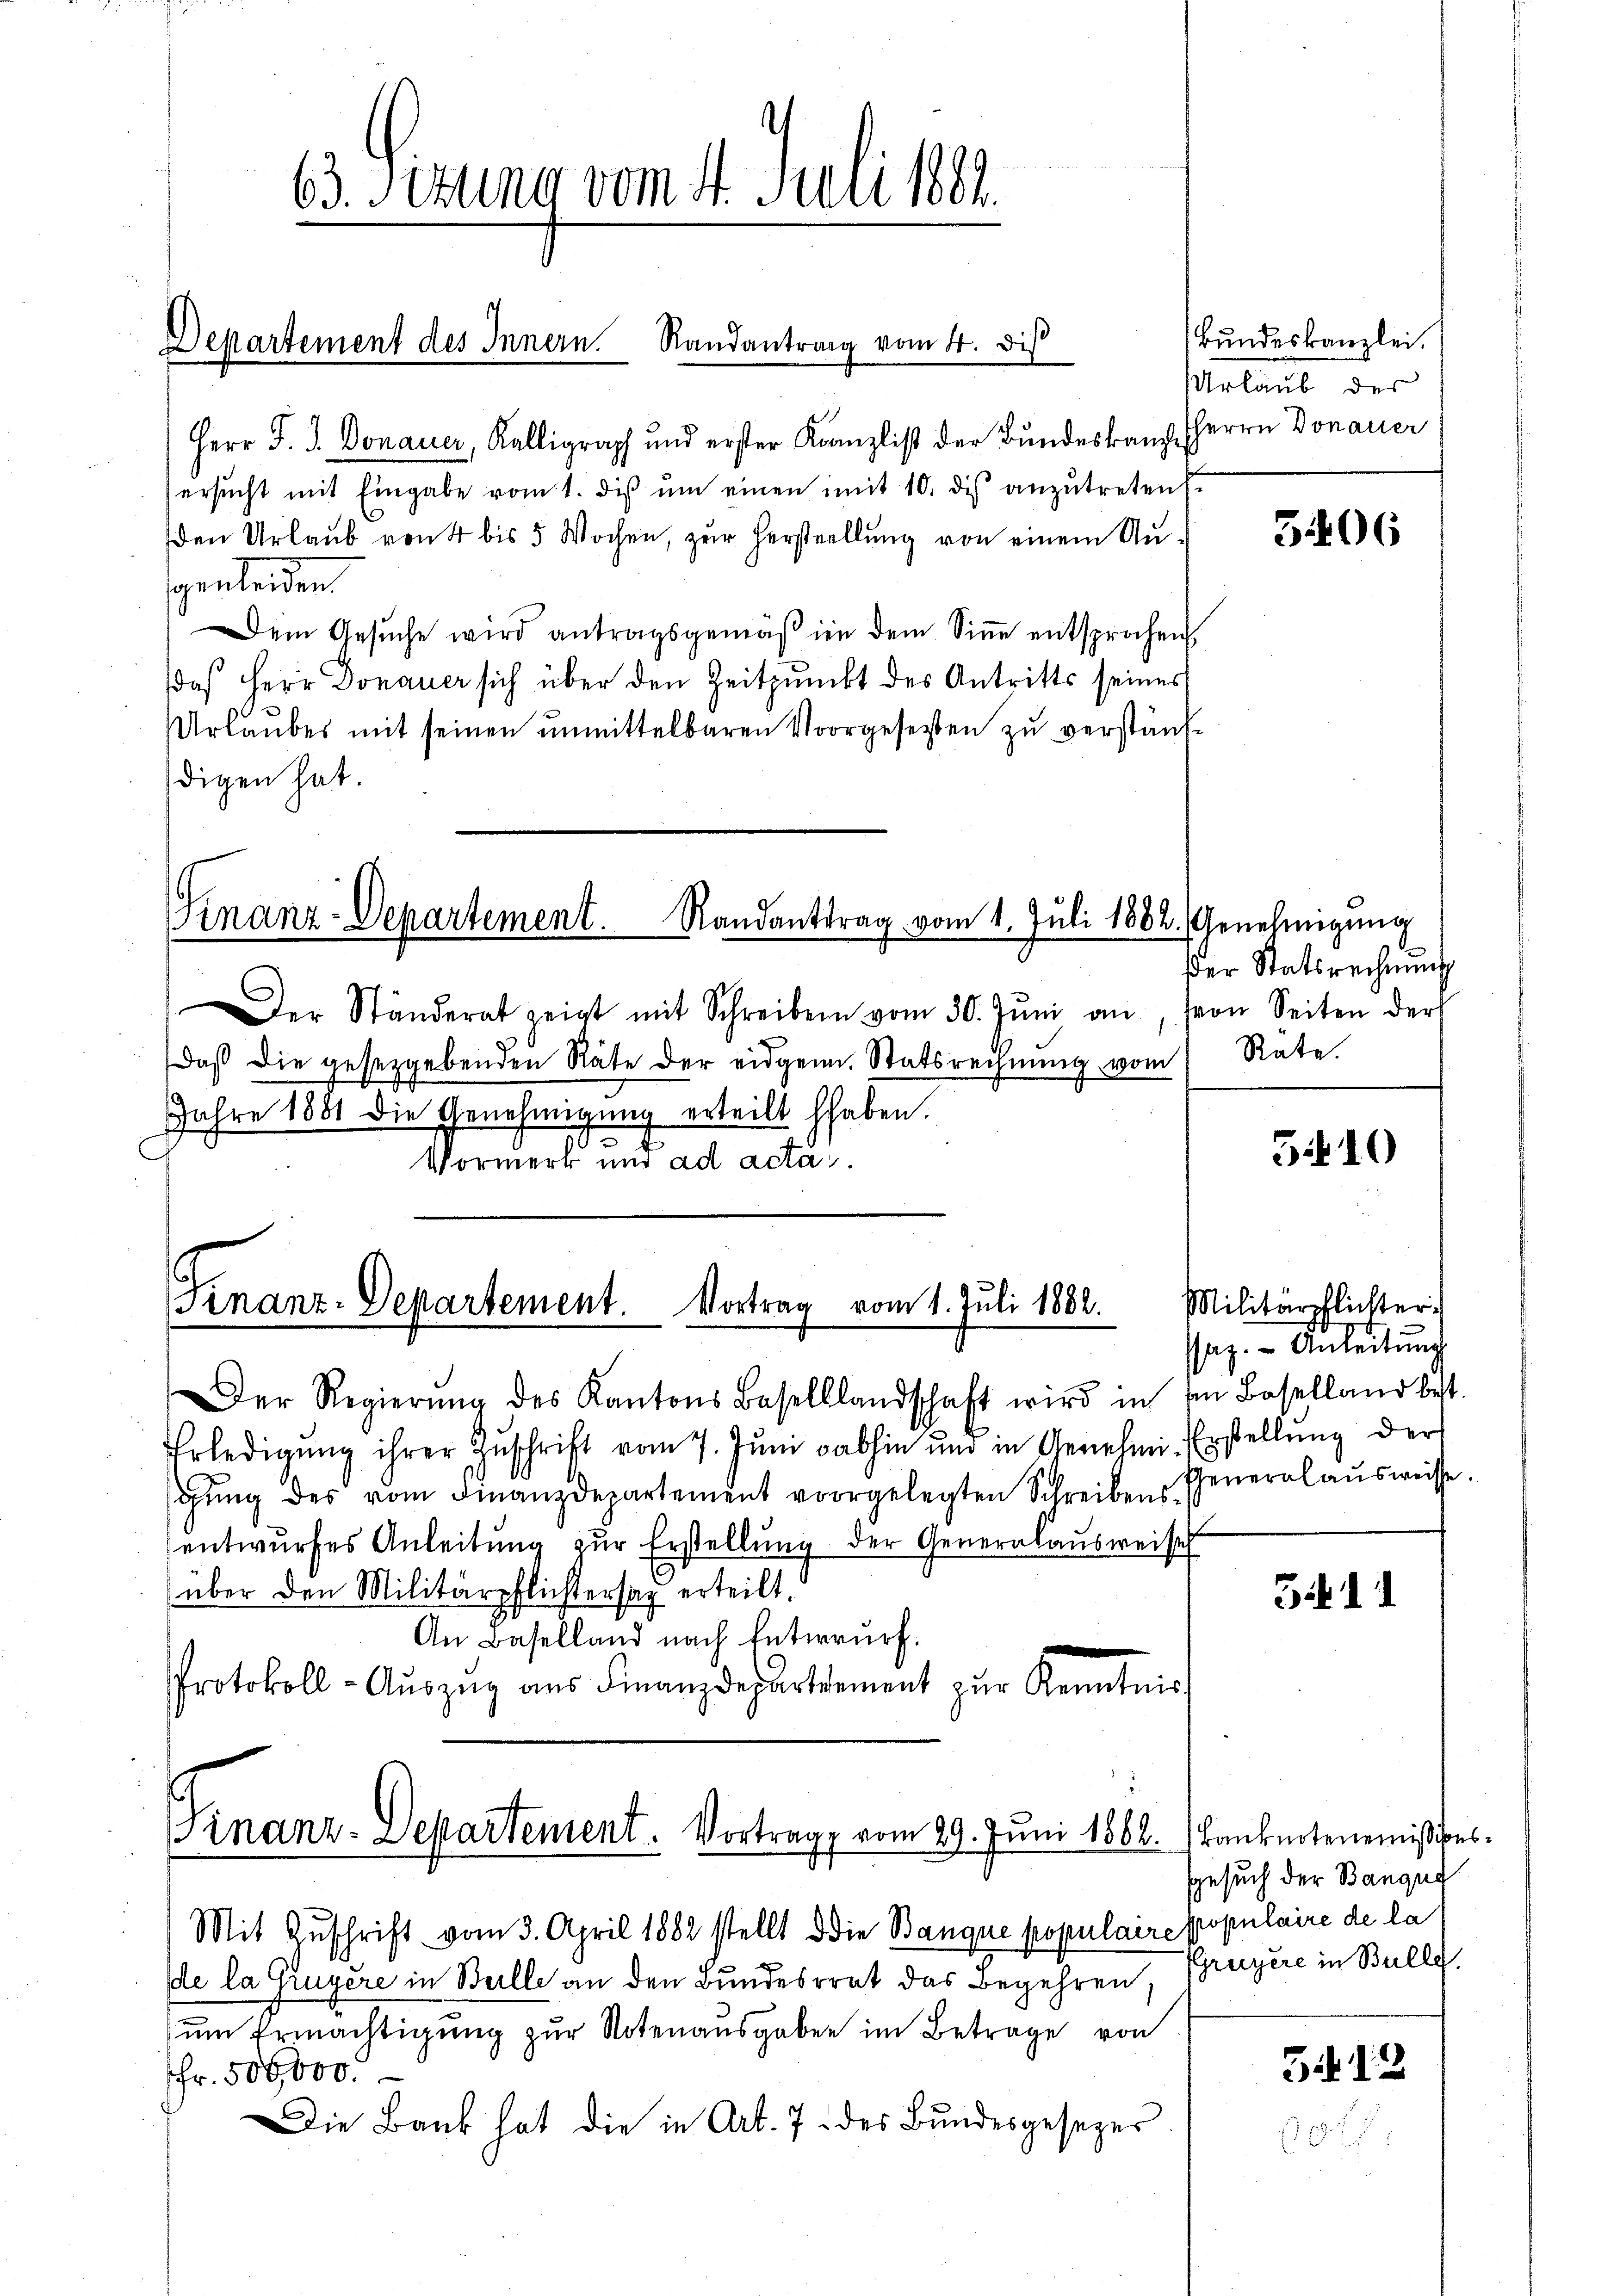
63. Sizung vom 4. Juli 182.

Departement des Innern. Randantrag vom 4. dis

Herr J. J. Donauer, Kalligraph und erster Kanzlist der Bundeskamp, HHerrn Donauer
ersŭcht mit Eingabe vom 1. diβ ŭm einen mit 10. dis anzŭtreten.
den Urlaub von 4 bis 5 Wochen, zur Herstellŭng von einem Angentenden.
Dem Gesŭche wird antragsgemäβ in dem Siṅe entsprochen,
daß Herr Donauer sich über den Zeitpunkt des Antritts seines
Urlaubes mit seinen unmittelbaren Vorgesetzten zu verstänfdigen hat.

Finanz-Departement. Randanttrag vom 1. Juli 1882. Genehmigŭng

Finanz-Departement. Vortrag vom 1. Juli 1882.

Der Ständerat zeigt mit Schreiben vom 30. Jŭni an
daβ die gesetzgebenden Räte der eidgen. Statsrechnŭng vom
Jahre 1881 die Genehmigung erteilt haben.
Vormerk und ad acta.

Der Regierŭng des Kantons Baselllandschaft wird in im Baselland best.
Erledigŭng ihrer Zŭschrift vom 7. Jŭni abhin und in Genehmi-Erstellung der
gŭng des vom Finanzdepartement vorgelegten Schreibens General aŭsweise.
entwurfes Anleitung zŭr Erstellung der Generalaŭsweise
über den Militärpflichtersaz erteilt.
An Baselland nach Entwurf.
Protokoll-Aŭszŭg aŭs Finanzdepartement zŭr Kenntnis

Finanz-Departement. Vortrage vom 29. Juni 1862.

Bundeskanzlei.
Urlaub des

Mit Zuschrift vom 3. April 1882 stellt die Banque populaire populaire de la
de la Gruyère in Beille an den Bundesrat das Begehren,
um Ermächtigung zur Notenausgaben im Betrage von
Fr. 500,000.
Die Bank hat die in Art. 7. des Bundesgesezer

3406

Der Statsrechnung
von Seiten der
Rate.

510

Militärpflichter.
saz. - Anleitung

5411

Banknotenemissions¬
Gesuch der Banqui
Gruyère in Bulle.

G12